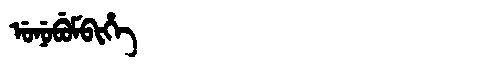
Manchu: ᡠᠨᡠᠪᡠᠮᠪᡳᡥᡝ
Romanization: UNUBUMBIHE